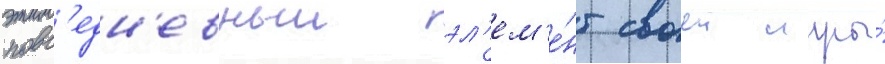
повс'едн'евныи эл'ем'е́нт своеи игры́